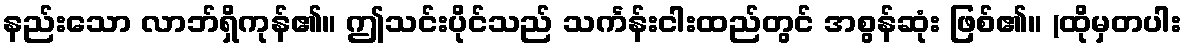
နည်းသော လာဘ်ရှိကုန်၏။ ဤသင်းပိုင်သည် သင်္ကန်းငါးထည်တွင် အစွန်ဆုံး ဖြစ်၏။ (ထိုမှတပါး